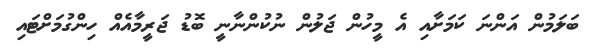
ބަލަމުން އަންނަ ކަމަށާއި އެ މީހުން ޖަލުން ނުކުންނާނީ ބޮޑު ޖަރީމާއެއް ހިންގުމަށްޓައި